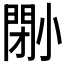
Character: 𡮤